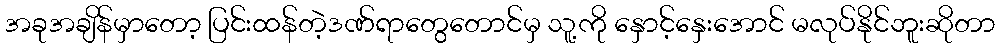
အခုအချိန်မှာတော့ ပြင်းထန်တဲ့ဒဏ်ရာတွေတောင်မှ သူ့ကို နှောင့်နှေးအောင် မလုပ်နိုင်ဘူးဆိုတာ